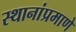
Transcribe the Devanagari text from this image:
स्थानांप्रमाणे